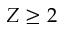
Z \ge 2